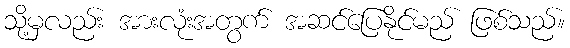
သို့မှလည်း အားလုံးအတွက် အဆင်ပြေနိုင်မည် ဖြစ်သည်။